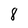
Character: 8